Insane asylums Bombay 1873-77 - 1873-1877
Year: 1873
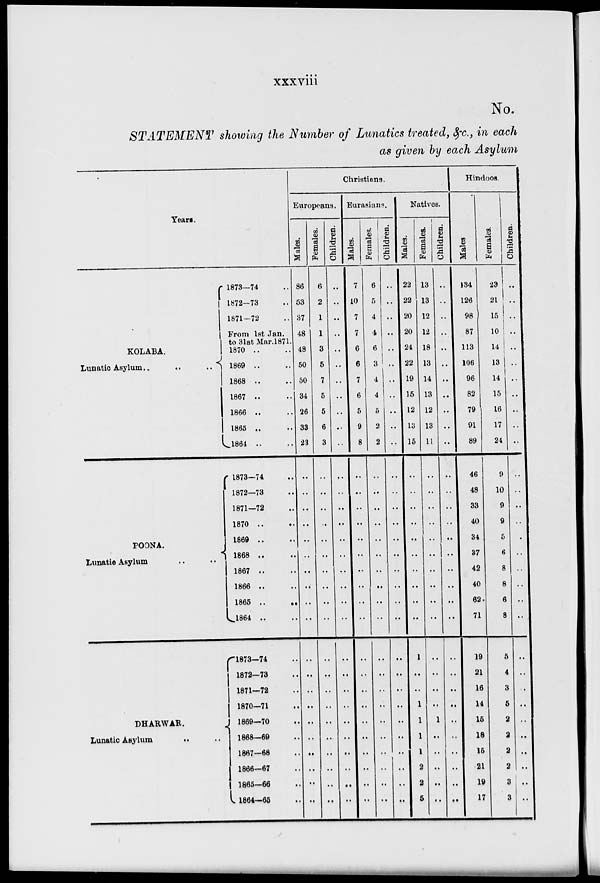
xxxviii
No.
STATEMENT
showing the Number of Lunatics treated, &c, in each
as given by each Asylum
Years.
KOLABA.
Lunatic Asylum..
..
..
POONA.
Lunatic Asylum .. ..
DHARWAR.
Lunatic Asylum .. ..
1873-74 ..
1872-73 ..
1871-72 ..
From 1st Jan.
to 31st Mar.1871.
1870 .. ..
1869 .. ..
1868 .. ..
1867 .. ..
1866 .. ..
1865 .. ..
1864 .. ..
1873-74 ..
1872-73 ..
1871-72 ..
1870 .. ..
1869 .. ..
1868 .. ..
1867 .. ..
1866 .. ..
1865 .. ..
1864 .. ..
1873-74 ..
1872-73 ..
1871-72 ..
1870-71 ..
1869-70 ..
1868-69 ..
1867-68 ..
1866-67 ..
1865-66 ..
1864-65 ..
Christians.
Europeans.
Males.
86
53
37
48
48
50
50
34
26
33
23
..
..
..
..
..
..
..
..
..
..
..
..
..
..
..
..
..
..
..
..
Females.
6
2
1
1
3
5
7
5
5
6
3
..
..
..
..
..
..
..
..
..
..
..
..
..
..
..
..
..
..
..
..
Children.
..
..
..
..
..
..
..
..
..
..
..
..
..
..
..
..
..
..
..
..
..
..
..
..
..
..
..
..
..
..
..
Eurasians.
Males.
7
10
7
7
6
6
7
6
5
9
8
..
..
..
..
..
..
..
..
..
..
..
..
..
..
..
..
..
..
..
..
Females.
6
5
4
4
6
3
4
4
5
2
2
..
..
..
..
..
..
..
..
..
..
..
..
..
..
..
..
..
..
..
..
Children.
..
..
..
..
..
..
..
..
..
..
..
..
..
..
..
..
..
..
..
..
..
..
..
..
..
..
..
..
..
..
..
Natives.
Males.
22
22
20
20
24
22
19
15
12
13
15
..
..
..
..
..
..
..
..
..
..
1
..
..
1
1
1
1
2
2
5
Females.
13
13
12
12
18
13
14
13
12
13
11
..
..
..
..
..
..
..
..
..
..
..
..
..
..
1
..
..
..
..
..
Children.
..
..
..
..
..
..
..
..
..
..
..
..
..
..
..
..
..
..
..
..
..
..
..
..
..
..
..
..
..
..
..
Hindoos.
Males
134
126
98
87
113
106
96
82
79
91
89
46
48
33
40
34
37
42
40
62
71
19
21
16
14
15
18
15
21
19
17
Females.
23
21
15
10
14
13
14
15
16
17
24
9
10
9
9
5
6
8
8
6
8
5
4
3
5
2
2
2
2
3
3
Children.
..
..
..
..
..
..
..
..
..
..
..
..
..
..
..
.
..
..
..
..
..
..
..
..
..
..
..
..
..
..
..